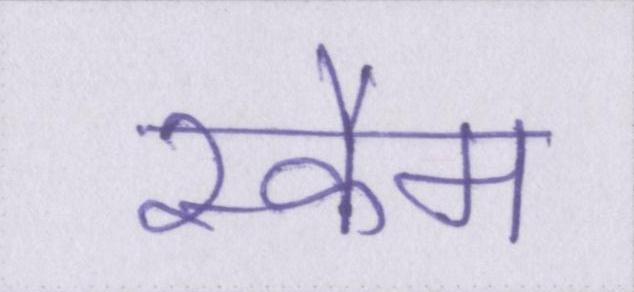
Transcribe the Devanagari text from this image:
स्कैम